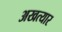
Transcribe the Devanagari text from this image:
अखत्यार